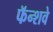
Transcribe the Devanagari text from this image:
फॅन्शवे